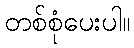
တစ်စုံပေးပါ။